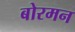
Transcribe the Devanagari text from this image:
बोरमन